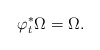
\begin{align*}\varphi_t^* \Omega = \Omega.\end{align*}